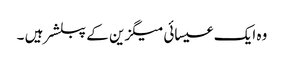
وہ ایک عیسائی میگزین کے پبلشر ہیں ۔